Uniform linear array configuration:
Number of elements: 12
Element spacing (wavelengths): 0.75
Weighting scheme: exponential
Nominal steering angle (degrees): -45
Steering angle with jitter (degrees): -43.547
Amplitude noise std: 0.05
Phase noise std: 0.05

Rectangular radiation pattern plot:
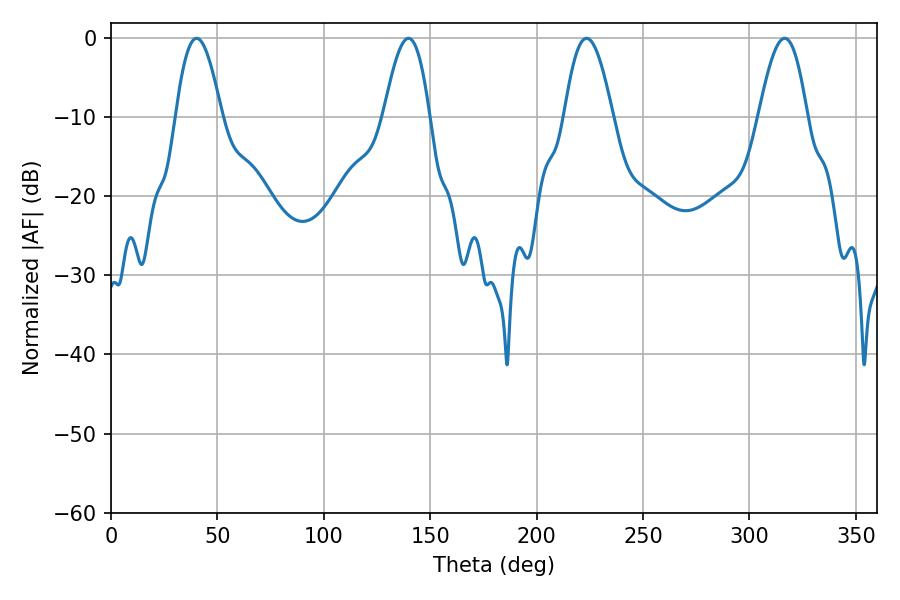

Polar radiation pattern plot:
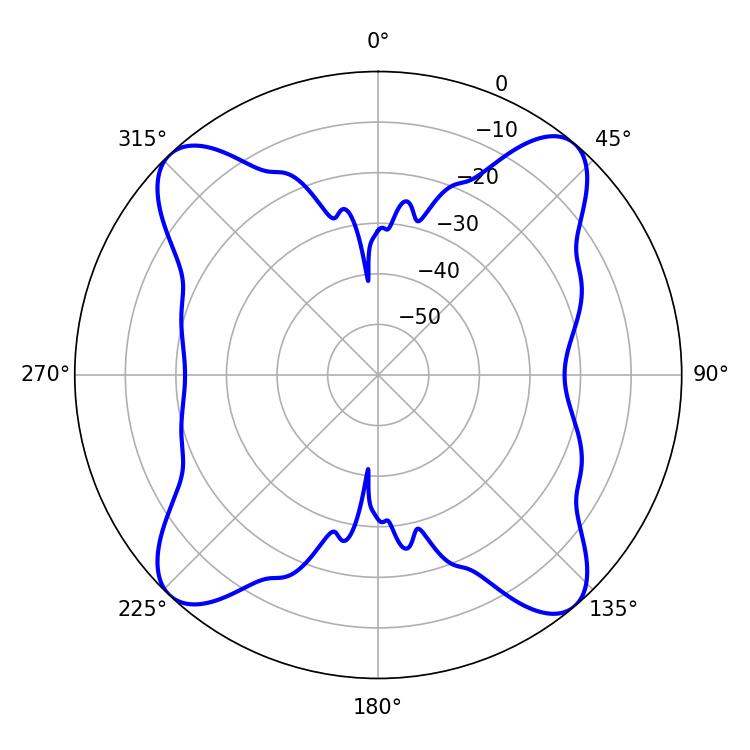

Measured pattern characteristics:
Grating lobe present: TRUE
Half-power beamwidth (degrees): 12.24
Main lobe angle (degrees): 223.38